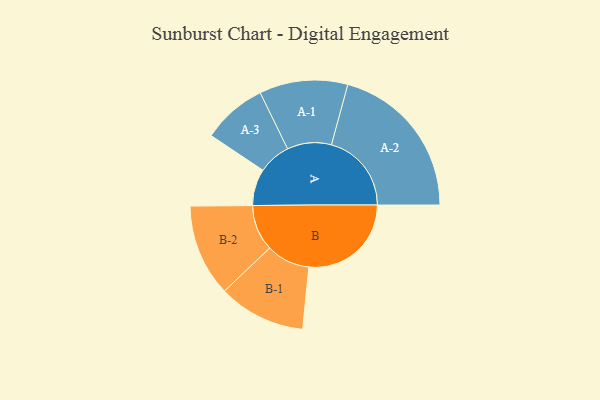
{"axis": {"x": "Segment", "y": "Value"}, "legend": ["", "A", "B"], "data": [{"x": "A", "y": 136, "type": ""}, {"x": "B", "y": 380, "type": ""}, {"x": "A-1", "y": 164, "type": "A"}, {"x": "A-2", "y": 297, "type": "A"}, {"x": "A-3", "y": 120, "type": "A"}, {"x": "B-1", "y": 162, "type": "B"}, {"x": "B-2", "y": 171, "type": "B"}]}